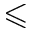
\leqslant